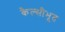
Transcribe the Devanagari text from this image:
कैल्सीभूत